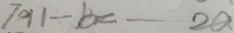
7 9 1 \div b = - - 2 a